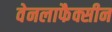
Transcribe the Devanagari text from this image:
वेनलाफैक्सीन